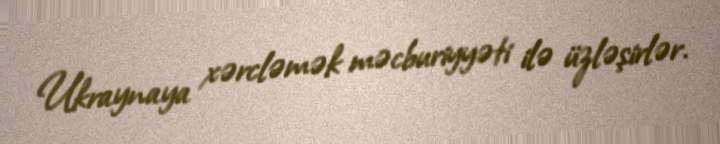
Ukraynaya xərcləmək məcburiyyəti ilə üzləşirlər.